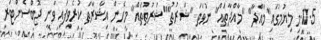
1.5.މި ލިޔުމުގައި"މާއްދާ" "މާއްދާތައް" ނުވަތަ "ޝަރުތު""ޝަރުތުތައް" މިހެން އިޝާރާތް ކުރެވިފައި ވާނީ ޖޮބްސެންޓަރ